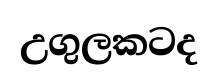
උගුලකටද